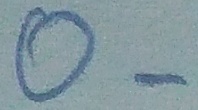
Text: O-